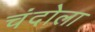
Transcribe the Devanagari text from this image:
चंदोला